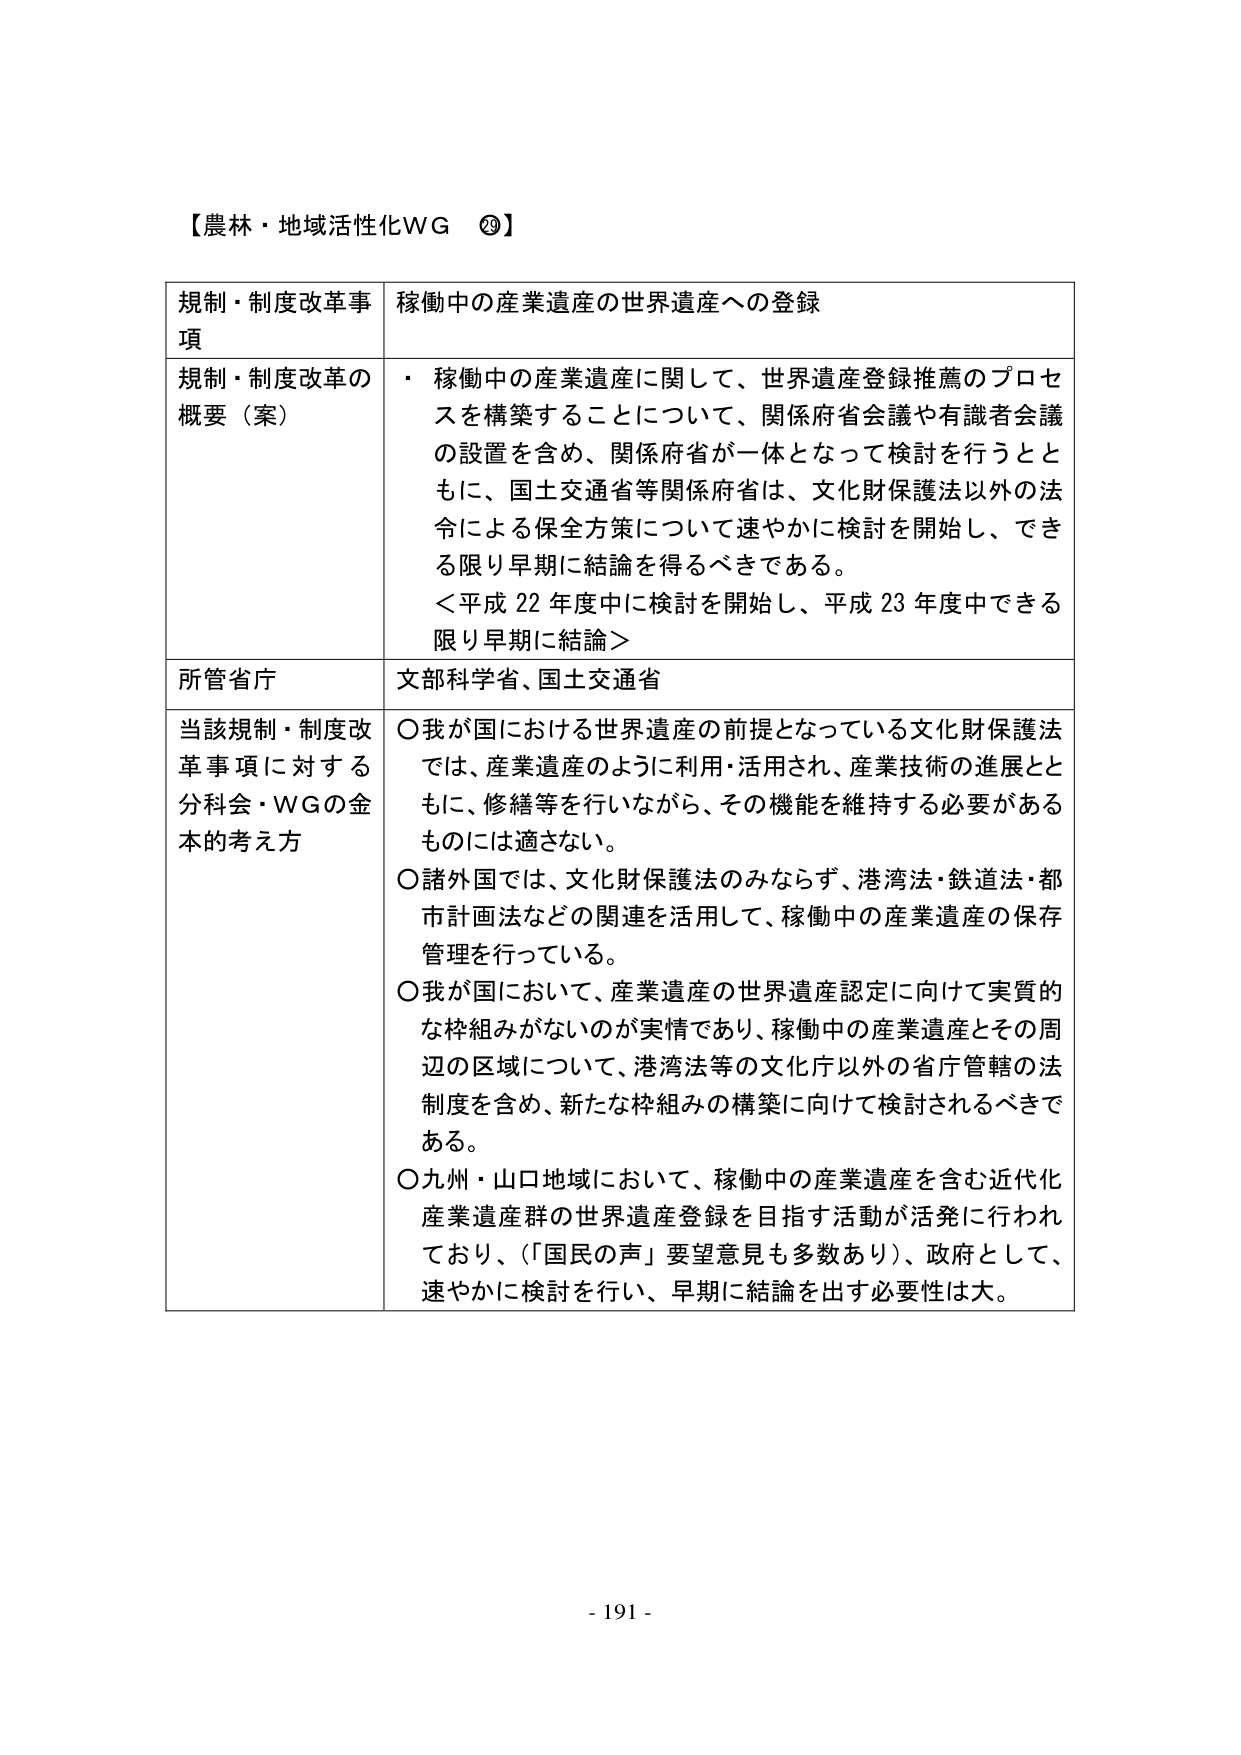
【農林・地域活性化WG ⑳】

規制・制度改革事項　　稼働中の産業遺産の世界遺産への登録

規制・制度改革の概要（案）　　・稼働中の産業遺産に関して、世界遺産登録推薦のプロセスを構築することについて、関係府省会議や有識者会議の設置を含め、関係府省が一体となって検討を行うとともに、国土交通省等関係府省は、文化財保護法以外の法令による保全方策について速やかに検討を開始し、できる限り早期に結論を得るべきである。
＜平成22年度中に検討を開始し、平成23年度中できる限り早期に結論＞

所管省庁　　文部科学省、国土交通省

当該規制・制度改革事項に対する分科会・WGの金本的考え方　　○我が国における世界遺産の前提となっている文化財保護法では、産業遺産のように利用・活用され、産業技術の進展とともに、修繕等を行いながら、その機能を維持する必要があるものには適さない。
○諸外国では、文化財保護法のみならず、港湾法・鉄道法・都市計画法などの関連を活用して、稼働中の産業遺産の保存管理を行っている。
○我が国において、産業遺産の世界遺産認定に向けて実質的な枠組みがないのが実情であり、稼働中の産業遺産とその周辺の区域について、港湾法等の文化庁以外の省庁管轄の法制度を含め、新たな枠組みの構築に向けて検討されるべきである。
○九州・山口地域において、稼働中の産業遺産を含む近代化産業遺産群の世界遺産登録を目指す活動が活発に行われており、（「国民の声」要望意見も多数あり）、政府として、速やかに検討を行い、早期に結論を出す必要性は大。

- 191 -